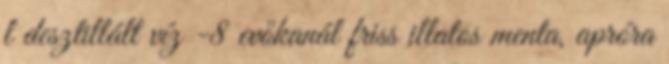
l desztillált víz -8 evőkanál friss illatos menta, apróra